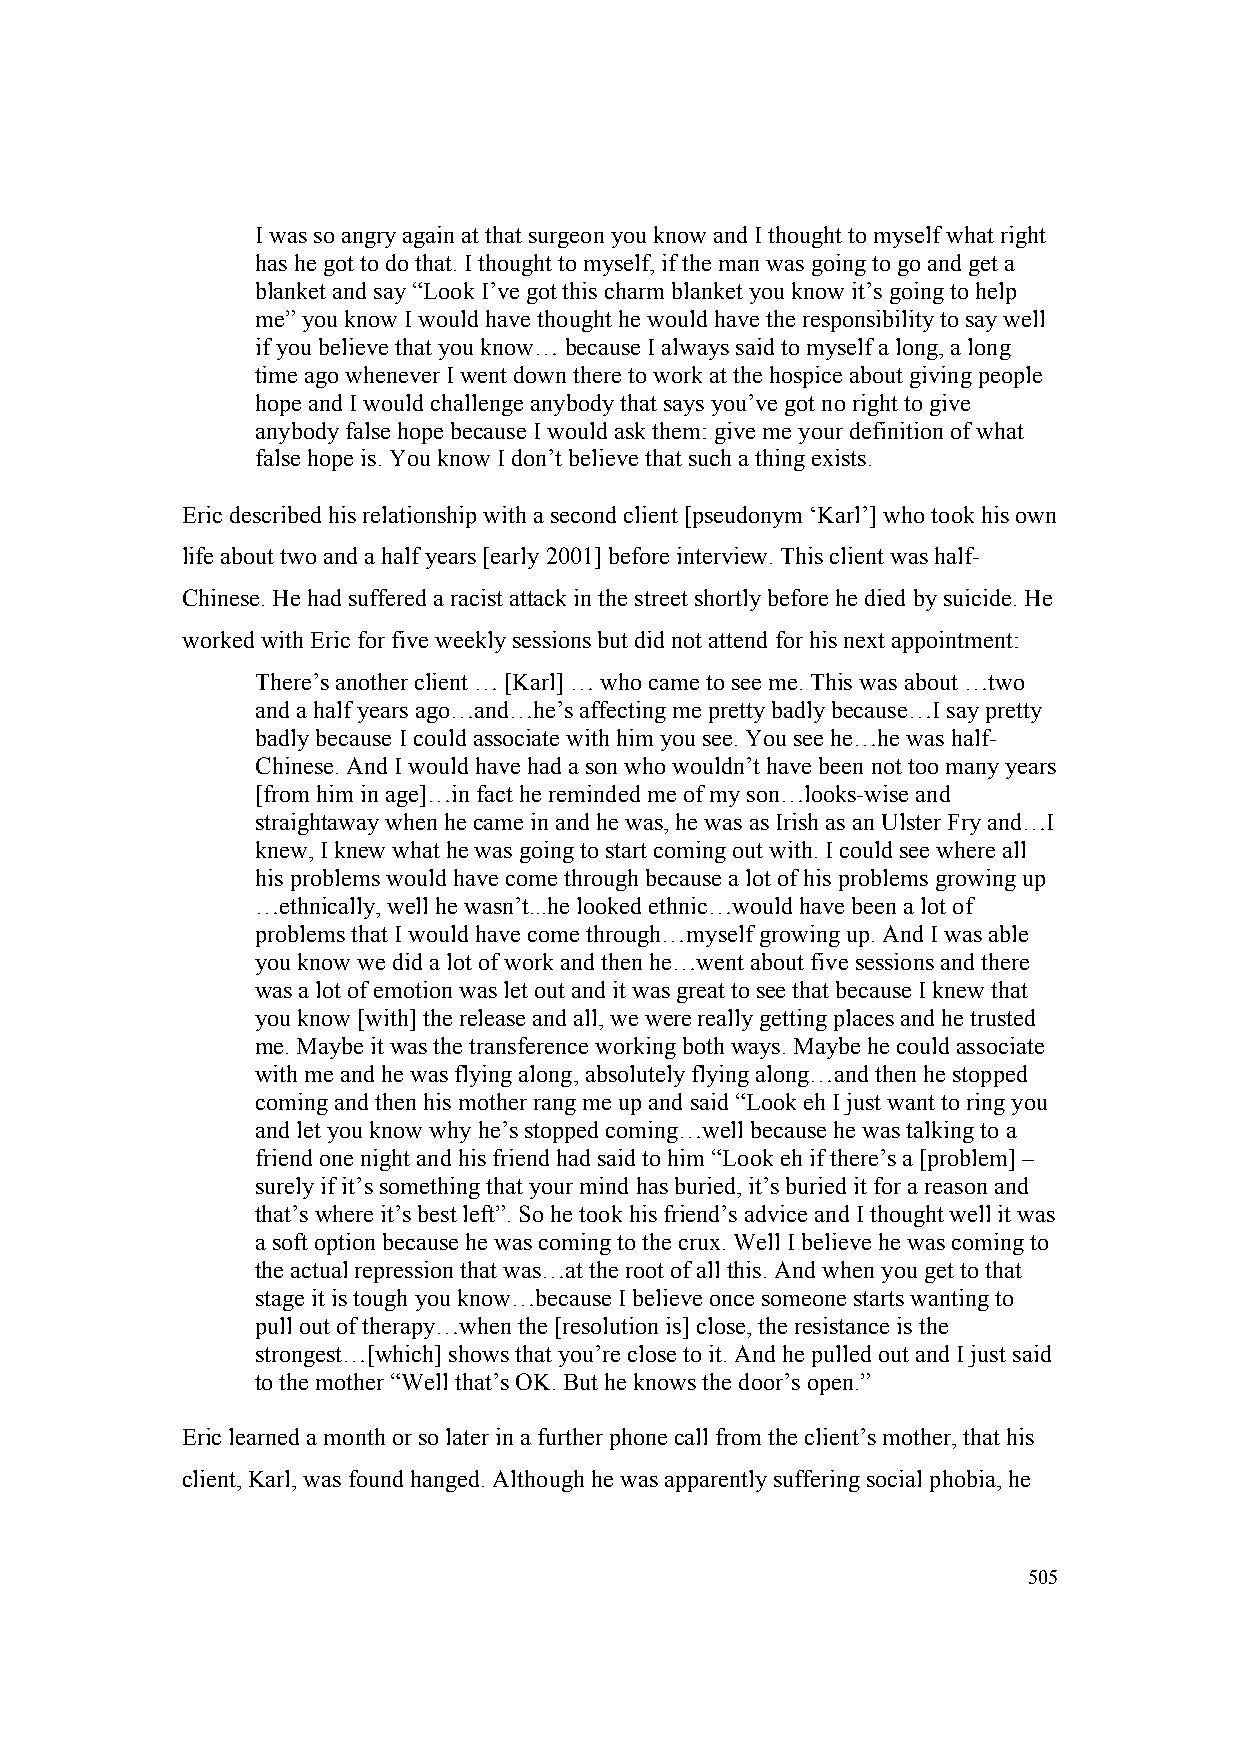
I was so angry again at that surgeon you know and I thought to myself what right
 has he got to do that. I thought to myself, if the man was going to go and get a
 blanket and say “Look I’ve got this charm blanket you know it’s going to help
 me” you know I would have thought he would have the responsibility to say well
 if you believe that you know… because I always said to myself a long, a long
 time ago whenever I went down there to work at the hospice about giving people
 hope and I would challenge anybody that says you’ve got no right to give
 anybody false hope because I would ask them: give me your definition of what
 false hope is. You know I don’t believe that such a thing exists.
 Eric described his relationship with a second client [pseudonym ‘Karl’] who took his own
 life about two and a half years [early 2001] before interview. This client was half-
 Chinese. He had suffered a racist attack in the street shortly before he died by suicide. He
 worked with Eric for five weekly sessions but did not attend for his next appointment:
 There’s another client … [Karl] … who came to see me. This was about …two
 and a half years ago…and…he’s affecting me pretty badly because…I say pretty
 badly because I could associate with him you see. You see he…he was half-
 Chinese. And I would have had a son who wouldn’t have been not too many years
 [from him in age]…in fact he reminded me of my son…looks-wise and
 straightaway when he came in and he was, he was as Irish as an Ulster Fry and…I
 knew, I knew what he was going to start coming out with. I could see where all
 his problems would have come through because a lot of his problems growing up
 …ethnically, well he wasn’t...he looked ethnic…would have been a lot of
 problems that I would have come through…myself growing up. And I was able
 you know we did a lot of work and then he…went about five sessions and there
 was a lot of emotion was let out and it was great to see that because I knew that
 you know [with] the release and all, we were really getting places and he trusted
 me. Maybe it was the transference working both ways. Maybe he could associate
 with me and he was flying along, absolutely flying along…and then he stopped
 coming and then his mother rang me up and said “Look eh I just want to ring you
 and let you know why he’s stopped coming…well because he was talking to a
 friend one night and his friend had said to him “Look eh if there’s a [problem] –
 surely if it’s something that your mind has buried, it’s buried it for a reason and
 that’s where it’s best left”. So he took his friend’s advice and I thought well it was
 a soft option because he was coming to the crux. Well I believe he was coming to
 the actual repression that was…at the root of all this. And when you get to that
 stage it is tough you know…because I believe once someone starts wanting to
 pull out of therapy…when the [resolution is] close, the resistance is the
 strongest…[which] shows that you’re close to it. And he pulled out and I just said
 to the mother “Well that’s OK. But he knows the door’s open.”
 Eric learned a month or so later in a further phone call from the client’s mother, that his
 client, Karl, was found hanged. Although he was apparently suffering social phobia, he
 505